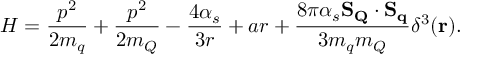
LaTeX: { \cal H } = { \frac { p ^ { 2 } } { 2 m _ { q } } } + { \frac { p ^ { 2 } } { 2 m _ { Q } } } - { \frac { 4 \alpha _ { s } } { 3 r } } + a r + { \frac { 8 \pi \alpha _ { s } \mathbf { S _ { Q } } \cdot \mathbf { S _ { q } } } { 3 m _ { q } m _ { Q } } } \delta ^ { 3 } ( \mathbf { r } ) .